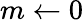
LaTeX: m\leftarrow 0